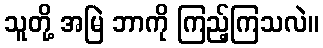
သူတို့ အမြဲ ဘာကို ကြည့်ကြသလဲ။